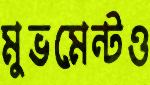
মুভমেন্টও